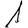
Digit: 1